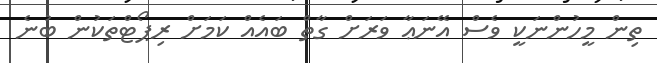
ތިން މީހުންނަކީ ވެސް އޭނަޢާ ވަރަށް ގާތް ބައެއް ކަމަށް ރިޕޯޓްތަކުން ބުނެ